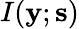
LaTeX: I(\mathbf{y};\mathbf{s})